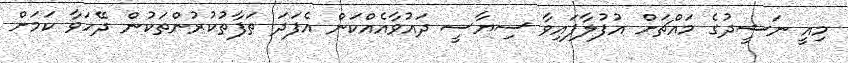
މިއީ ނަޝީދުގެ މައްޗަށް އުފުލާފައިވާ ސިޔާސީ ދައުވާއެއްކަން އެފަދަ ތަފާތުކުރުންތަކުން ދޭހަވާ ކަމަށް